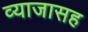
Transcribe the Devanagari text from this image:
व्याजासह